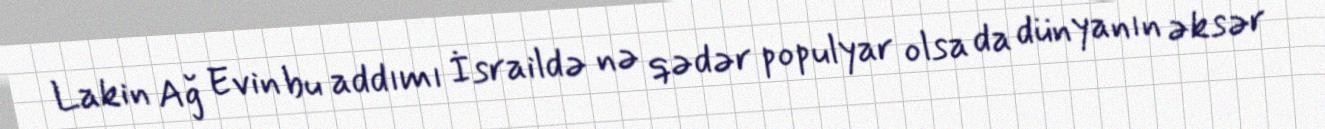
Lakin Ağ Evin bu addımı İsraildə nə qədər populyar olsa da dünyanın əksər